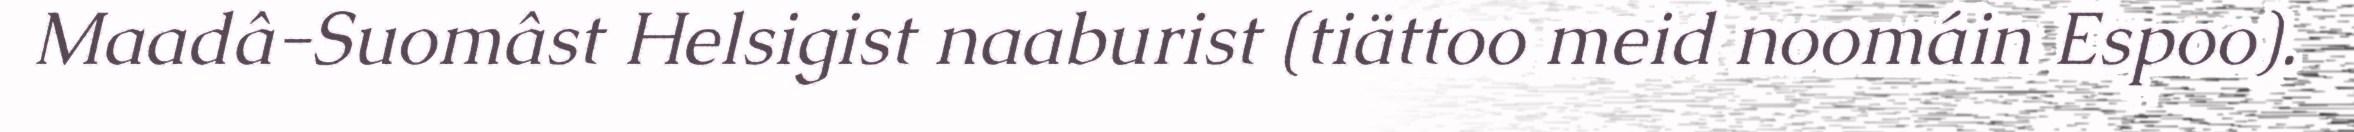
Maadâ-Suomâst Helsigist naaburist (tiättoo meid noomáin Espoo).